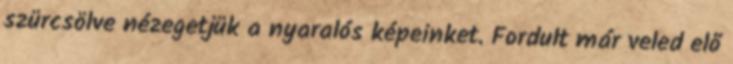
szürcsölve nézegetjük a nyaralós képeinket. Fordult már veled elő